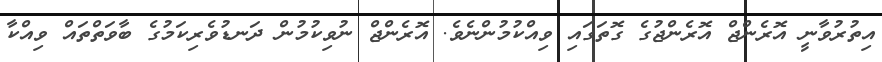
އިތުރުވާނީ އޮރެންޖް އޮރެންޖުގެ ގޮތަގައި ވިއްކުމުންނެވެ. އޮރެންޖް ނުވިކުމުން ދަނޑުވެރިކަމުގެ ބާވަތްތައް ވިއްކާ